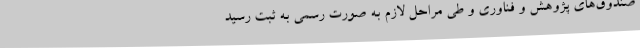
صندوق‌های پژوهش و فناوری و طی مراحل لازم به صورت رسمی به ثبت رسید